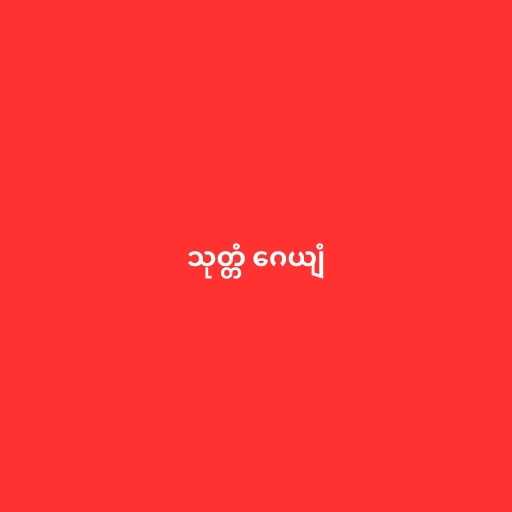
သုတ္တံ ဂေယျံ